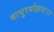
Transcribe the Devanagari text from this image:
वायुरधोक्षजः।।